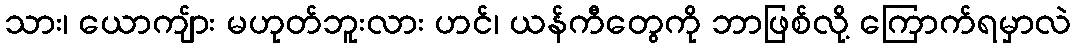
သား၊ ယောကျ်ား မဟုတ်ဘူးလား ဟင်၊ ယန်ကီတွေကို ဘာဖြစ်လို့ ကြောက်ရမှာလဲ